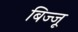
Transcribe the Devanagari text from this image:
बिज्‍जू